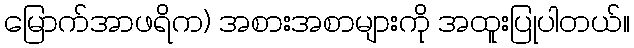
မြောက်အာဖရိက) အစားအစာများကို အထူးပြုပါတယ်။